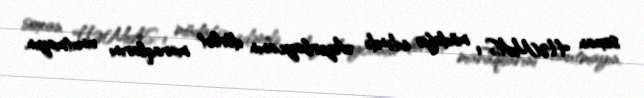
soxan HƏMAS-ı müdafiə edəndə Azərbaycanın dövlət maraqlarını unutmayın.